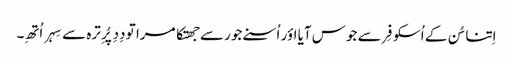
اِتنا سُن کے اُسکو فِر سے جوس آیا اؤر اُسنے جور سے جھتکا مرا تو دِدِ پُرِ ترہ سے سِہر اُتھِ۔